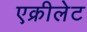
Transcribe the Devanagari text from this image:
एक्रीलेट